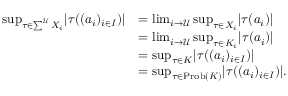
\begin{array} { r l } { \operatorname* { s u p } _ { \tau \in \sum ^ { \mathcal { U } } X _ { i } } \lvert \tau ( ( a _ { i } ) _ { i \in I } ) \rvert } & { = \operatorname* { l i m } _ { i \to \mathcal { U } } \operatorname* { s u p } _ { \tau \in X _ { i } } \lvert \tau ( a _ { i } ) \rvert } \\ & { = \operatorname* { l i m } _ { i \to \mathcal { U } } \operatorname* { s u p } _ { \tau \in K _ { i } } \lvert \tau ( a _ { i } ) \rvert } \\ & { = \operatorname* { s u p } _ { \tau \in K } \lvert \tau ( ( a _ { i } ) _ { i \in I } ) \rvert } \\ & { = \operatorname* { s u p } _ { \tau \in \mathrm { P r o b } ( K ) } \lvert \tau ( ( a _ { i } ) _ { i \in I } ) \rvert . } \end{array}